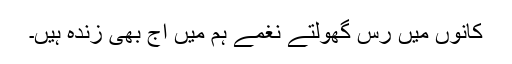
کانوں میں رس گھولتے نغمے ہم میں آج بھی زندہ ہیں۔